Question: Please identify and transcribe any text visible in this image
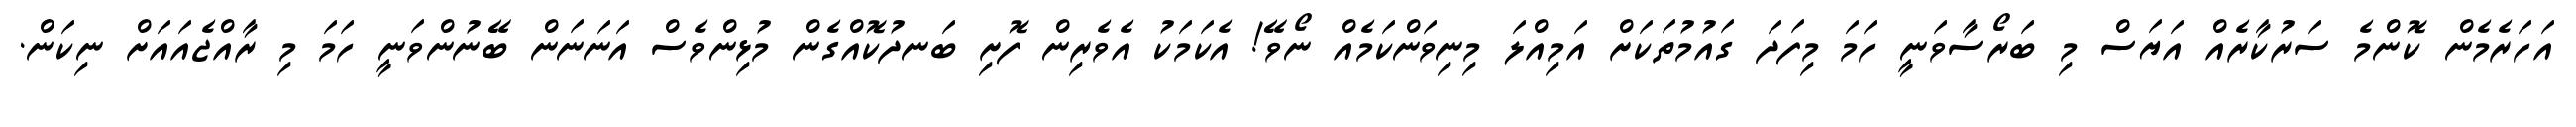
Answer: އަހަރެމެން ކޮންމެ ސަރުކާރެއް އަޔަސް މި ބަރޯސާވަނީ ހަމަ މިފަދަ ގައުމުތަކަށް އަމިއްލަ މިނިވަންކަމެއް ނޯވޭ! އެކަމަކު އެވެރިން ފޮށި ބަނދުކޮއްގެން މުޅިންވެސް އަނަނަން ބޭނުންވަނީ ހަމަ މި ރާއްޖެއައަށް ނިކަން.